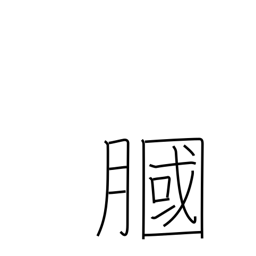
Meaning: hollow of knee